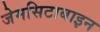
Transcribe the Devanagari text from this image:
जेमसिटाबाइन